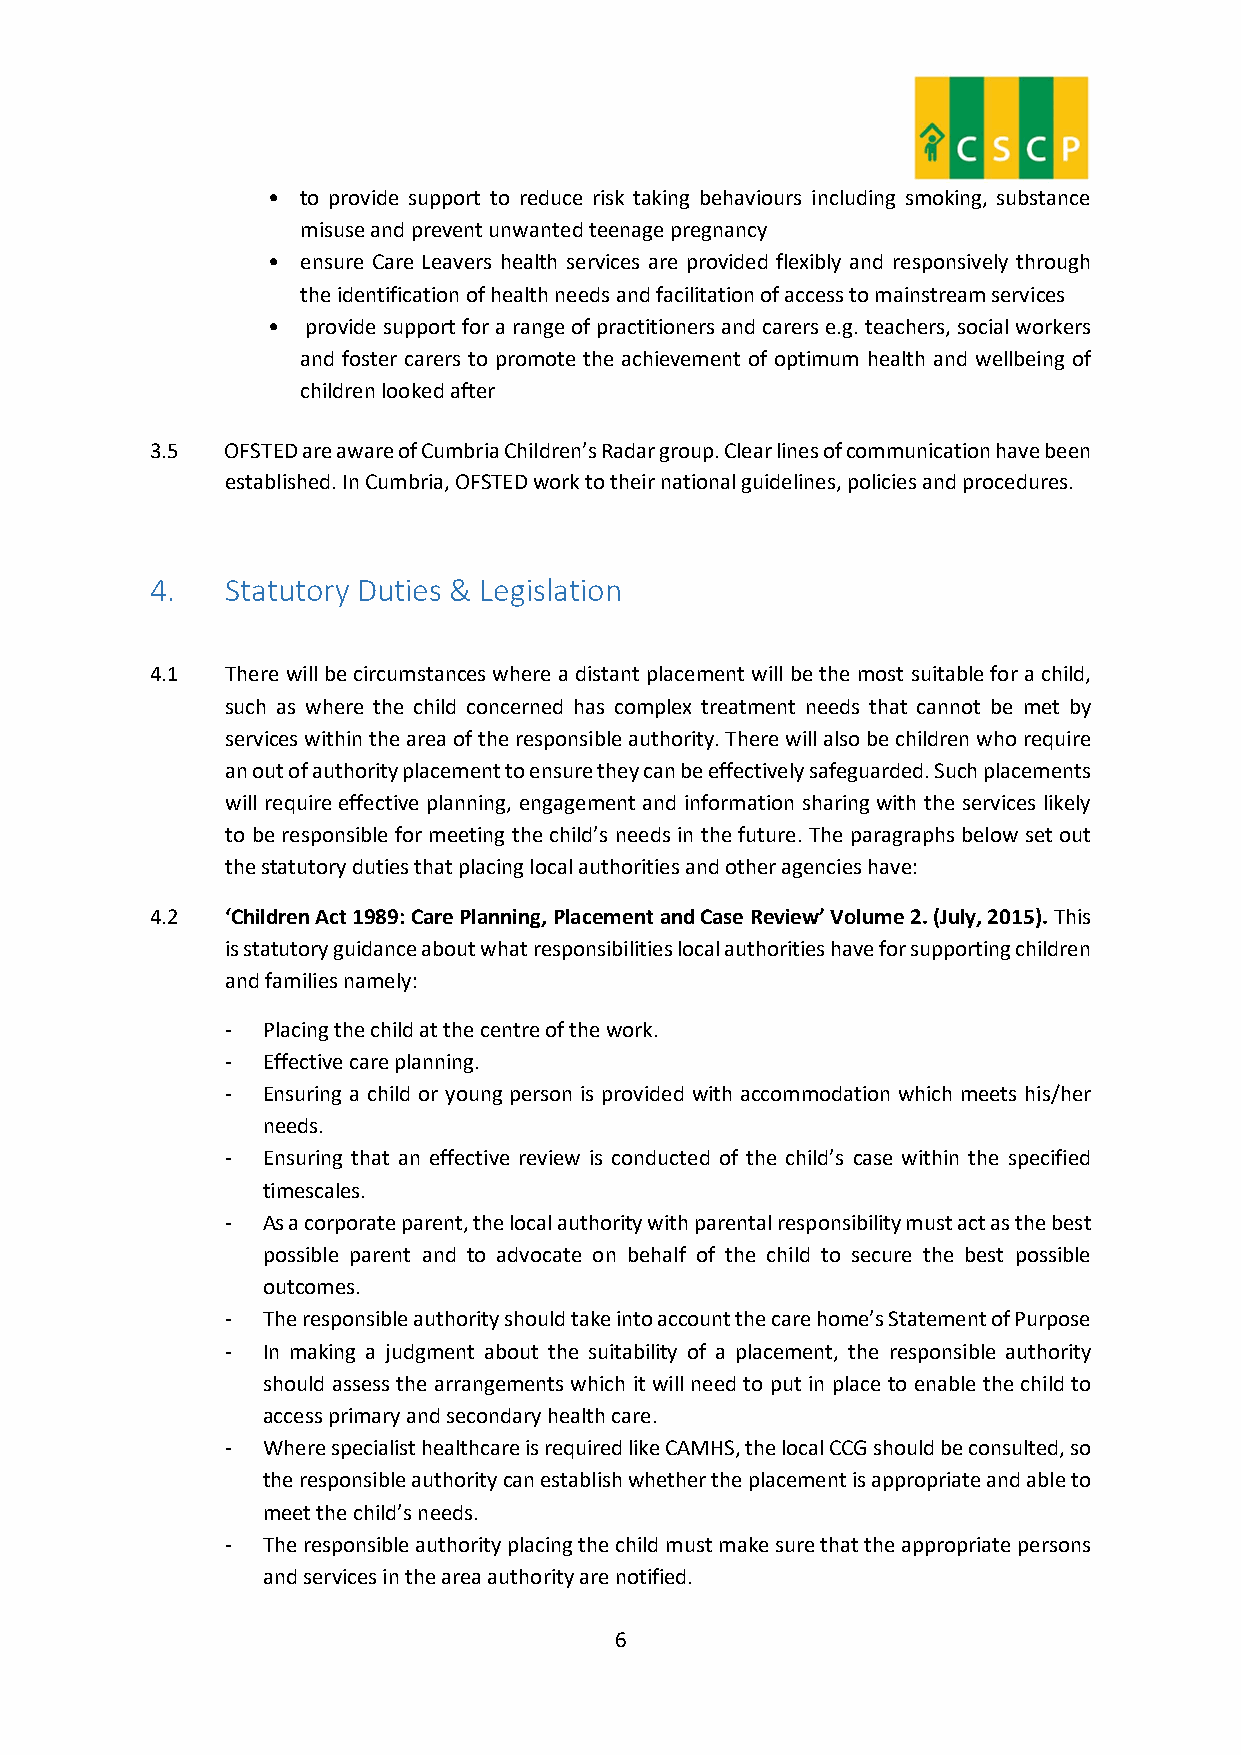
• to provide support to reduce risk taking behaviours including smoking, substance
 misuse and prevent unwanted teenage pregnancy
 • ensure Care Leavers health services are provided flexibly and responsively through
 the identification of health needs and facilitation of access to mainstream services
 • provide support for a range of practitioners and carers e.g. teachers, social workers
 and foster carers to promote the achievement of optimum health and wellbeing of
 children looked after
 3.5  OFSTED are aware of Cumbria Children’s Radar group. Clear lines of communication have been
 established. In Cumbria, OFSTED work to their national guidelines, policies and procedures.
 4.   Statutory Duties & Legislation
 4.1  There will be circumstances where a distant placement will be the most suitable for a child,
 such as where the child concerned has complex treatment needs that cannot be met by
 services within the area of the responsible authority. There will also be children who require
 an out of authority placement to ensure they can be effectively safeguarded. Such placements
 will require effective planning, engagement and information sharing with the services likely
 to be responsible for meeting the child’s needs in the future. The paragraphs below set out
 the statutory duties that placing local authorities and other agencies have:
 4.2  ‘Children Act 1989: Care Planning, Placement and Case Review’ Volume 2. (July, 2015). This
 is statutory guidance about what responsibilities local authorities have for supporting children
 and families namely:
 - Placing the child at the centre of the work.
 - Effective care planning.
 - Ensuring a child or young person is provided with accommodation which meets his/her
 needs.
 - Ensuring that an effective review is conducted of the child’s case within the specified
 timescales.
 - As a corporate parent, the local authority with parental responsibility must act as the best
 possible parent and to advocate on behalf of the child to secure the best possible
 outcomes.
 - The responsible authority should take into account the care home’s Statement of Purpose
 - In making a judgment about the suitability of a placement, the responsible authority
 should assess the arrangements which it will need to put in place to enable the child to
 access primary and secondary health care.
 - Where specialist healthcare is required like CAMHS, the local CCG should be consulted, so
 the responsible authority can establish whether the placement is appropriate and able to
 meet the child’s needs.
 - The responsible authority placing the child must make sure that the appropriate persons
 and services in the area authority are notified.
 6